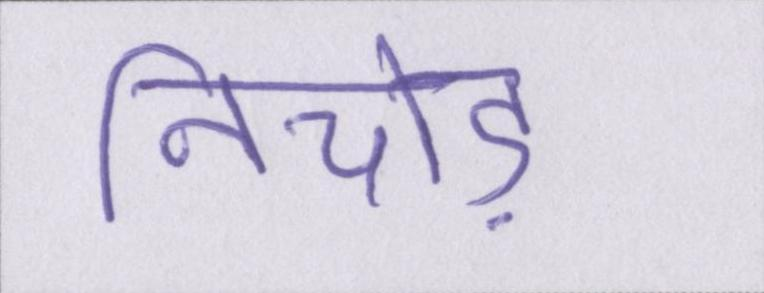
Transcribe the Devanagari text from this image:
निचोड़